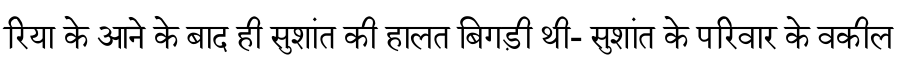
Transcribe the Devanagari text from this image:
रिया के आने के बाद ही सुशांत की हालत बिगड़ी थी- सुशांत के परिवार के वकील